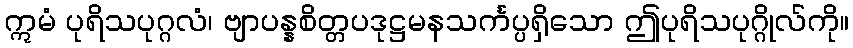
ဣမံ ပုရိသပုဂ္ဂလံ၊ ဗျာပန္နစိတ္တပဒုဋ္ဌမနသင်္ကပ္ပရှိသော ဤပုရိသပုဂ္ဂိုလ်ကို။